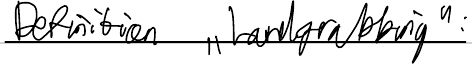
Definition "Landgrabbing":